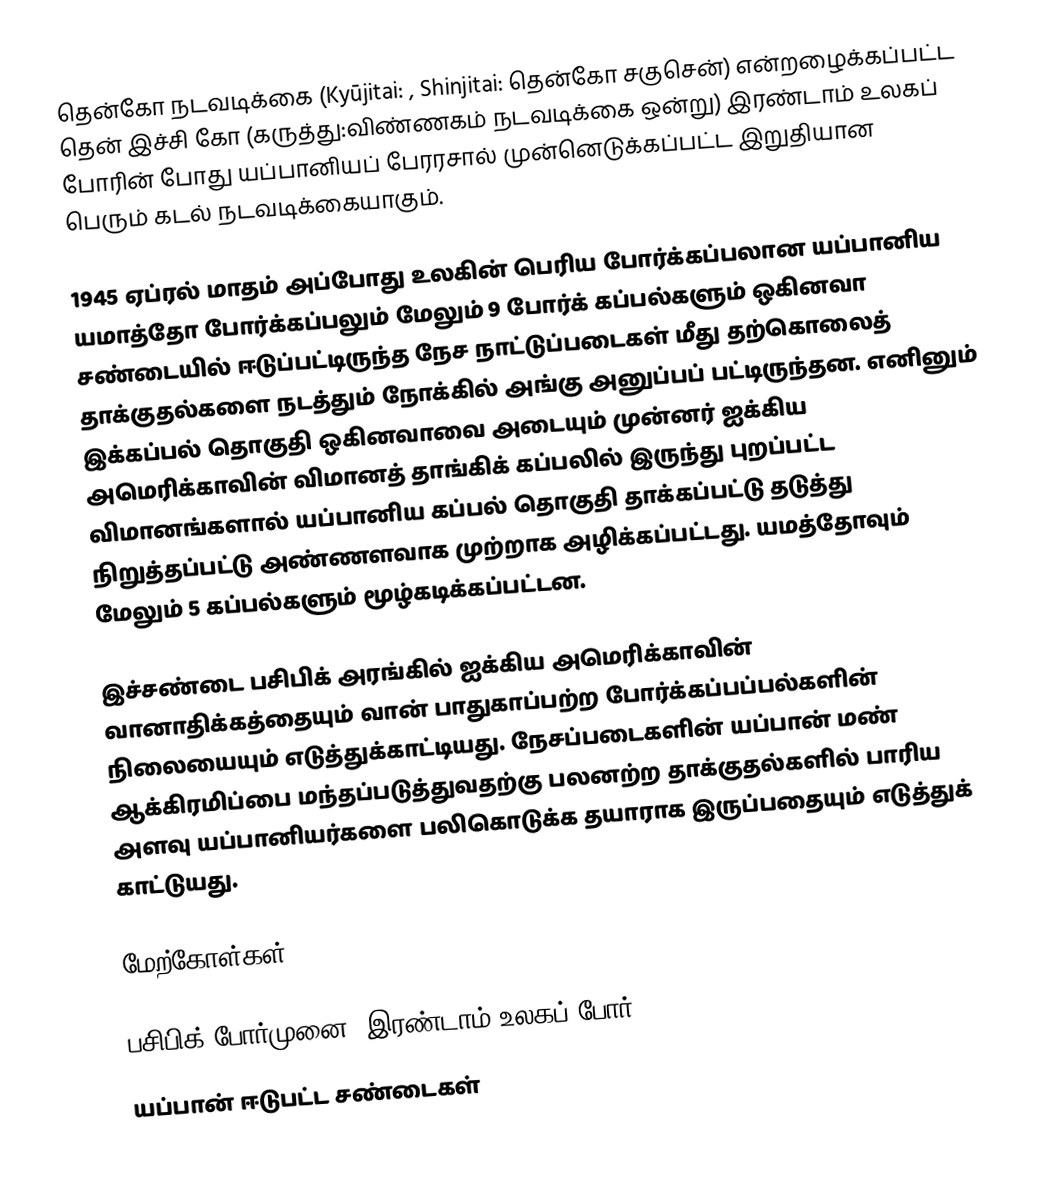
தென்கோ நடவடிக்கை  (Kyūjitai: , Shinjitai:  தென்கோ சகுசென்) என்றழைக்கப்பட்ட தென் இச்சி கோ (கருத்து:விண்ணகம் நடவடிக்கை ஒன்று) இரண்டாம் உலகப் போரின் போது யப்பானியப் பேரரசால் முன்னெடுக்கப்பட்ட இறுதியான பெரும் கடல் நடவடிக்கையாகும்.

1945 ஏப்ரல் மாதம் அப்போது உலகின் பெரிய போர்க்கப்பலான யப்பானிய யமாத்தோ  போர்க்கப்பலும் மேலும் 9 போர்க் கப்பல்களும் ஒகினவா சண்டையில் ஈடுப்பட்டிருந்த நேச நாட்டுப்படைகள் மீது தற்கொலைத் தாக்குதல்களை நடத்தும் நோக்கில் அங்கு அனுப்பப் பட்டிருந்தன. எனினும் இக்கப்பல் தொகுதி ஒகினவாவை அடையும் முன்னர் ஐக்கிய அமெரிக்காவின் விமானத் தாங்கிக் கப்பலில் இருந்து புறப்பட்ட விமானங்களால் யப்பானிய கப்பல் தொகுதி  தாக்கப்பட்டு தடுத்து நிறுத்தப்பட்டு அண்ணளவாக முற்றாக அழிக்கப்பட்டது. யமத்தோவும் மேலும் 5 கப்பல்களும் மூழ்கடிக்கப்பட்டன.

இச்சண்டை பசிபிக் அரங்கில் ஐக்கிய அமெரிக்காவின் வானாதிக்கத்தையும் வான் பாதுகாப்பற்ற போர்க்கப்பப்பல்களின் நிலையையும் எடுத்துக்காட்டியது. நேசப்படைகளின் யப்பான் மண் ஆக்கிரமிப்பை மந்தப்படுத்துவதற்கு பலனற்ற தாக்குதல்களில் பாரிய அளவு யப்பானியர்களை பலிகொடுக்க தயாராக இருப்பதையும் எடுத்துக் காட்டுயது.

மேற்கோள்கள்

பசிபிக் போர்முனை (இரண்டாம் உலகப் போர்)
யப்பான் ஈடுபட்ட சண்டைகள்